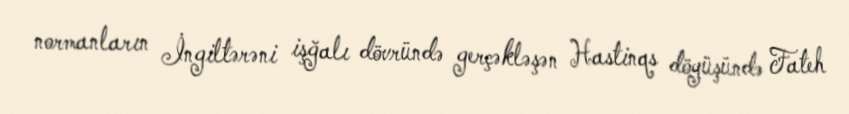
normanların İngiltərəni işğalı dövründə gerçəkləşən Hastinqs döyüşündə Fateh